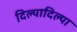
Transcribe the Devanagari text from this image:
दिल्यादिल्या